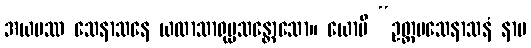
အယမဿ သေနာသနေ ယထာသာရုပ္ပသန္တောသော။ ယောပိ “ဥတ္တမသေနာသနံ နာမ